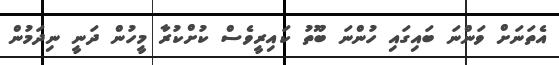
އެތަނަށް ވަންނަ ބައިގައި ހުންނަ ބޫތު ކައިރީވެސް ކުށްކުރާ މީހުން ދަނީ ނިދަމުން